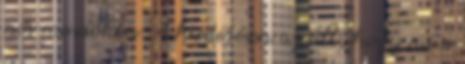
női mosdókba. A hirdetésen az áll, hogy mi a